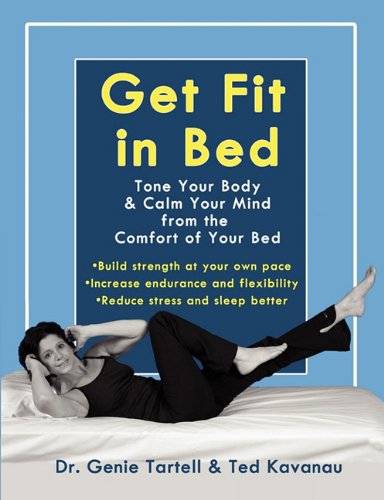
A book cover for Get Fit in Bed: Tone Your Body & Calm Your Mind from the Comfort of Your Bed; Genie Tartell; Health, Fitness & Dieting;